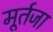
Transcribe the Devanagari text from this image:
मूर्तजा